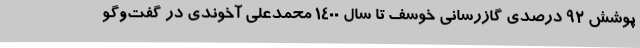
پوشش 92 درصدی گازرسانی خوسف تا سال 1400 محمدعلی آخوندی در گفت‌وگو